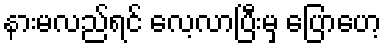
နားမလည်ရင် လေ့လာပြီးမှ ပြောဟေ့